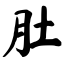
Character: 肚